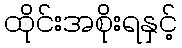
ထိုင်းအစိုးရနှင့်